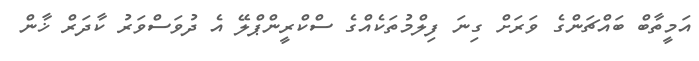
އަމީތާބް ބައްޗަންގެ ވަރަށް ގިނަ ފިލްމުތަކެއްގެ ސްކްރީންޕްލޭ އެ ދުވަސްވަރު ކާދަރް ޚާން